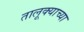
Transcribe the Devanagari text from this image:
तालूक्याच्या